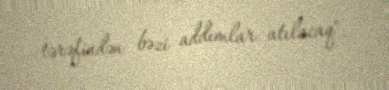
tərəfindən bəzi addımlar atılacaq".